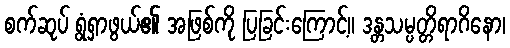
စက်ဆုပ် ရွံရှာဖွယ်၏ အဖြစ်ကို ပြခြင်းကြောင့်။ ဒန္တသမ္ပတ္တိရာဂိနော၊